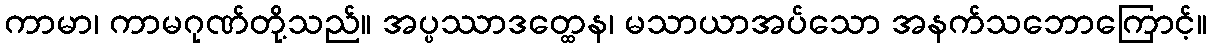
ကာမာ၊ ကာမဂုဏ်တို့သည်။ အပ္ပဿာဒတ္ထေန၊ မသာယာအပ်သော အနက်သဘောကြောင့်။